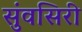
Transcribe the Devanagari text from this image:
सुंवसिरी